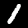
Label: 1